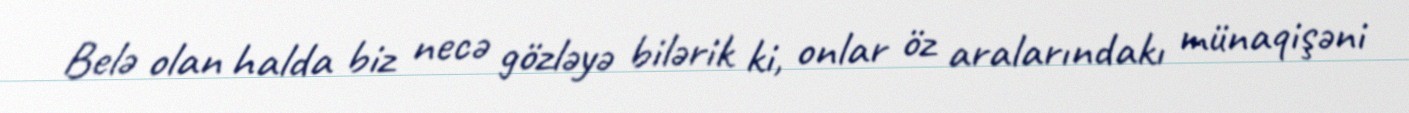
Belə olan halda biz necə gözləyə bilərik ki, onlar öz aralarındakı münaqişəni